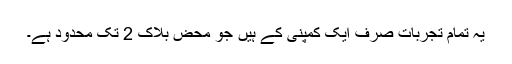
یہ تمام تجربات صرف ایک کمپنی کے ہیں جو محض بلاک 2 تک محدود ہے۔